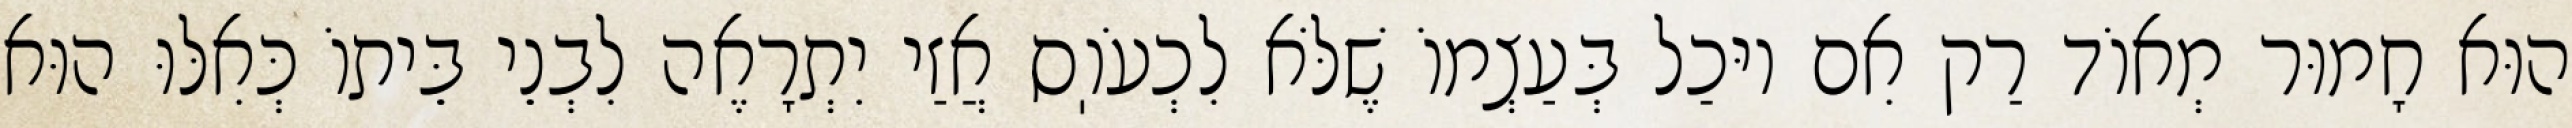
הוּא חָמוּר מְאוֹד רַק אִם יוּכַל בְּעַצְמוֹ שֶׁלֹּא לִכְעֹוֽס אֲזַי יִתְרָאֶה לִבְנֵי בֵּיתוֹ כְּאִלּוּ הוּא